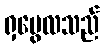
ရှမွေလသည်